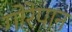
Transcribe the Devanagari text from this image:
गोरेपान